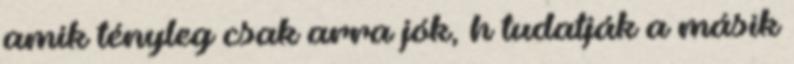
amik tényleg csak arra jók, h tudatják a másik